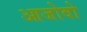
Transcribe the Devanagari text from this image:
आजोवो